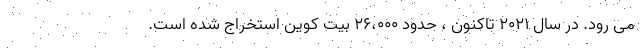
می رود. در سال 2021 تاکنون ، حدود 26،000 بیت کوین استخراج شده است.